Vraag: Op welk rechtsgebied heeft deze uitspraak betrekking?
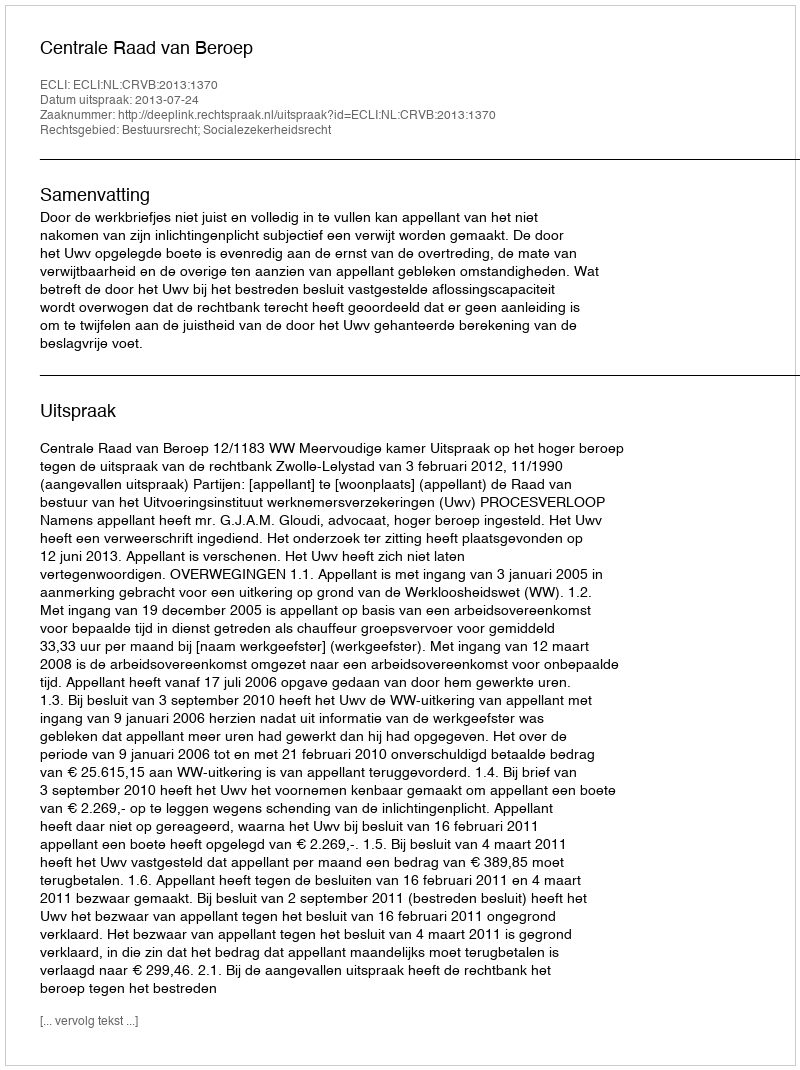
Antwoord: Bestuursrecht; Socialezekerheidsrecht